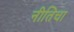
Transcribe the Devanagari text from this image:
नीतिचा